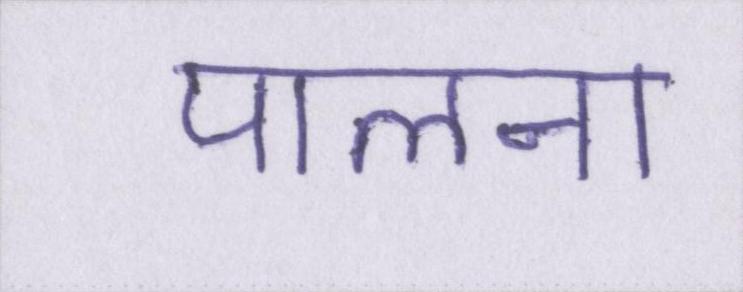
पालना